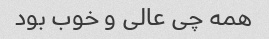
همه چی عالی و خوب بود